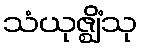
သံယုဇ္ဈိံသု